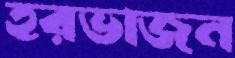
হরভাজন